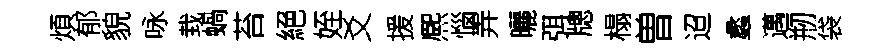
煩郁貌咏㘽蝸苔絕姪爻援熈惱弄曬弭牕榻曽迢蠡邁剏袋